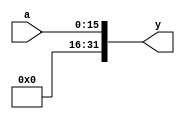
module zeroext(input  [15:0] a,
               output [31:0] y);

    assign y = {16'b0, a};
endmodule